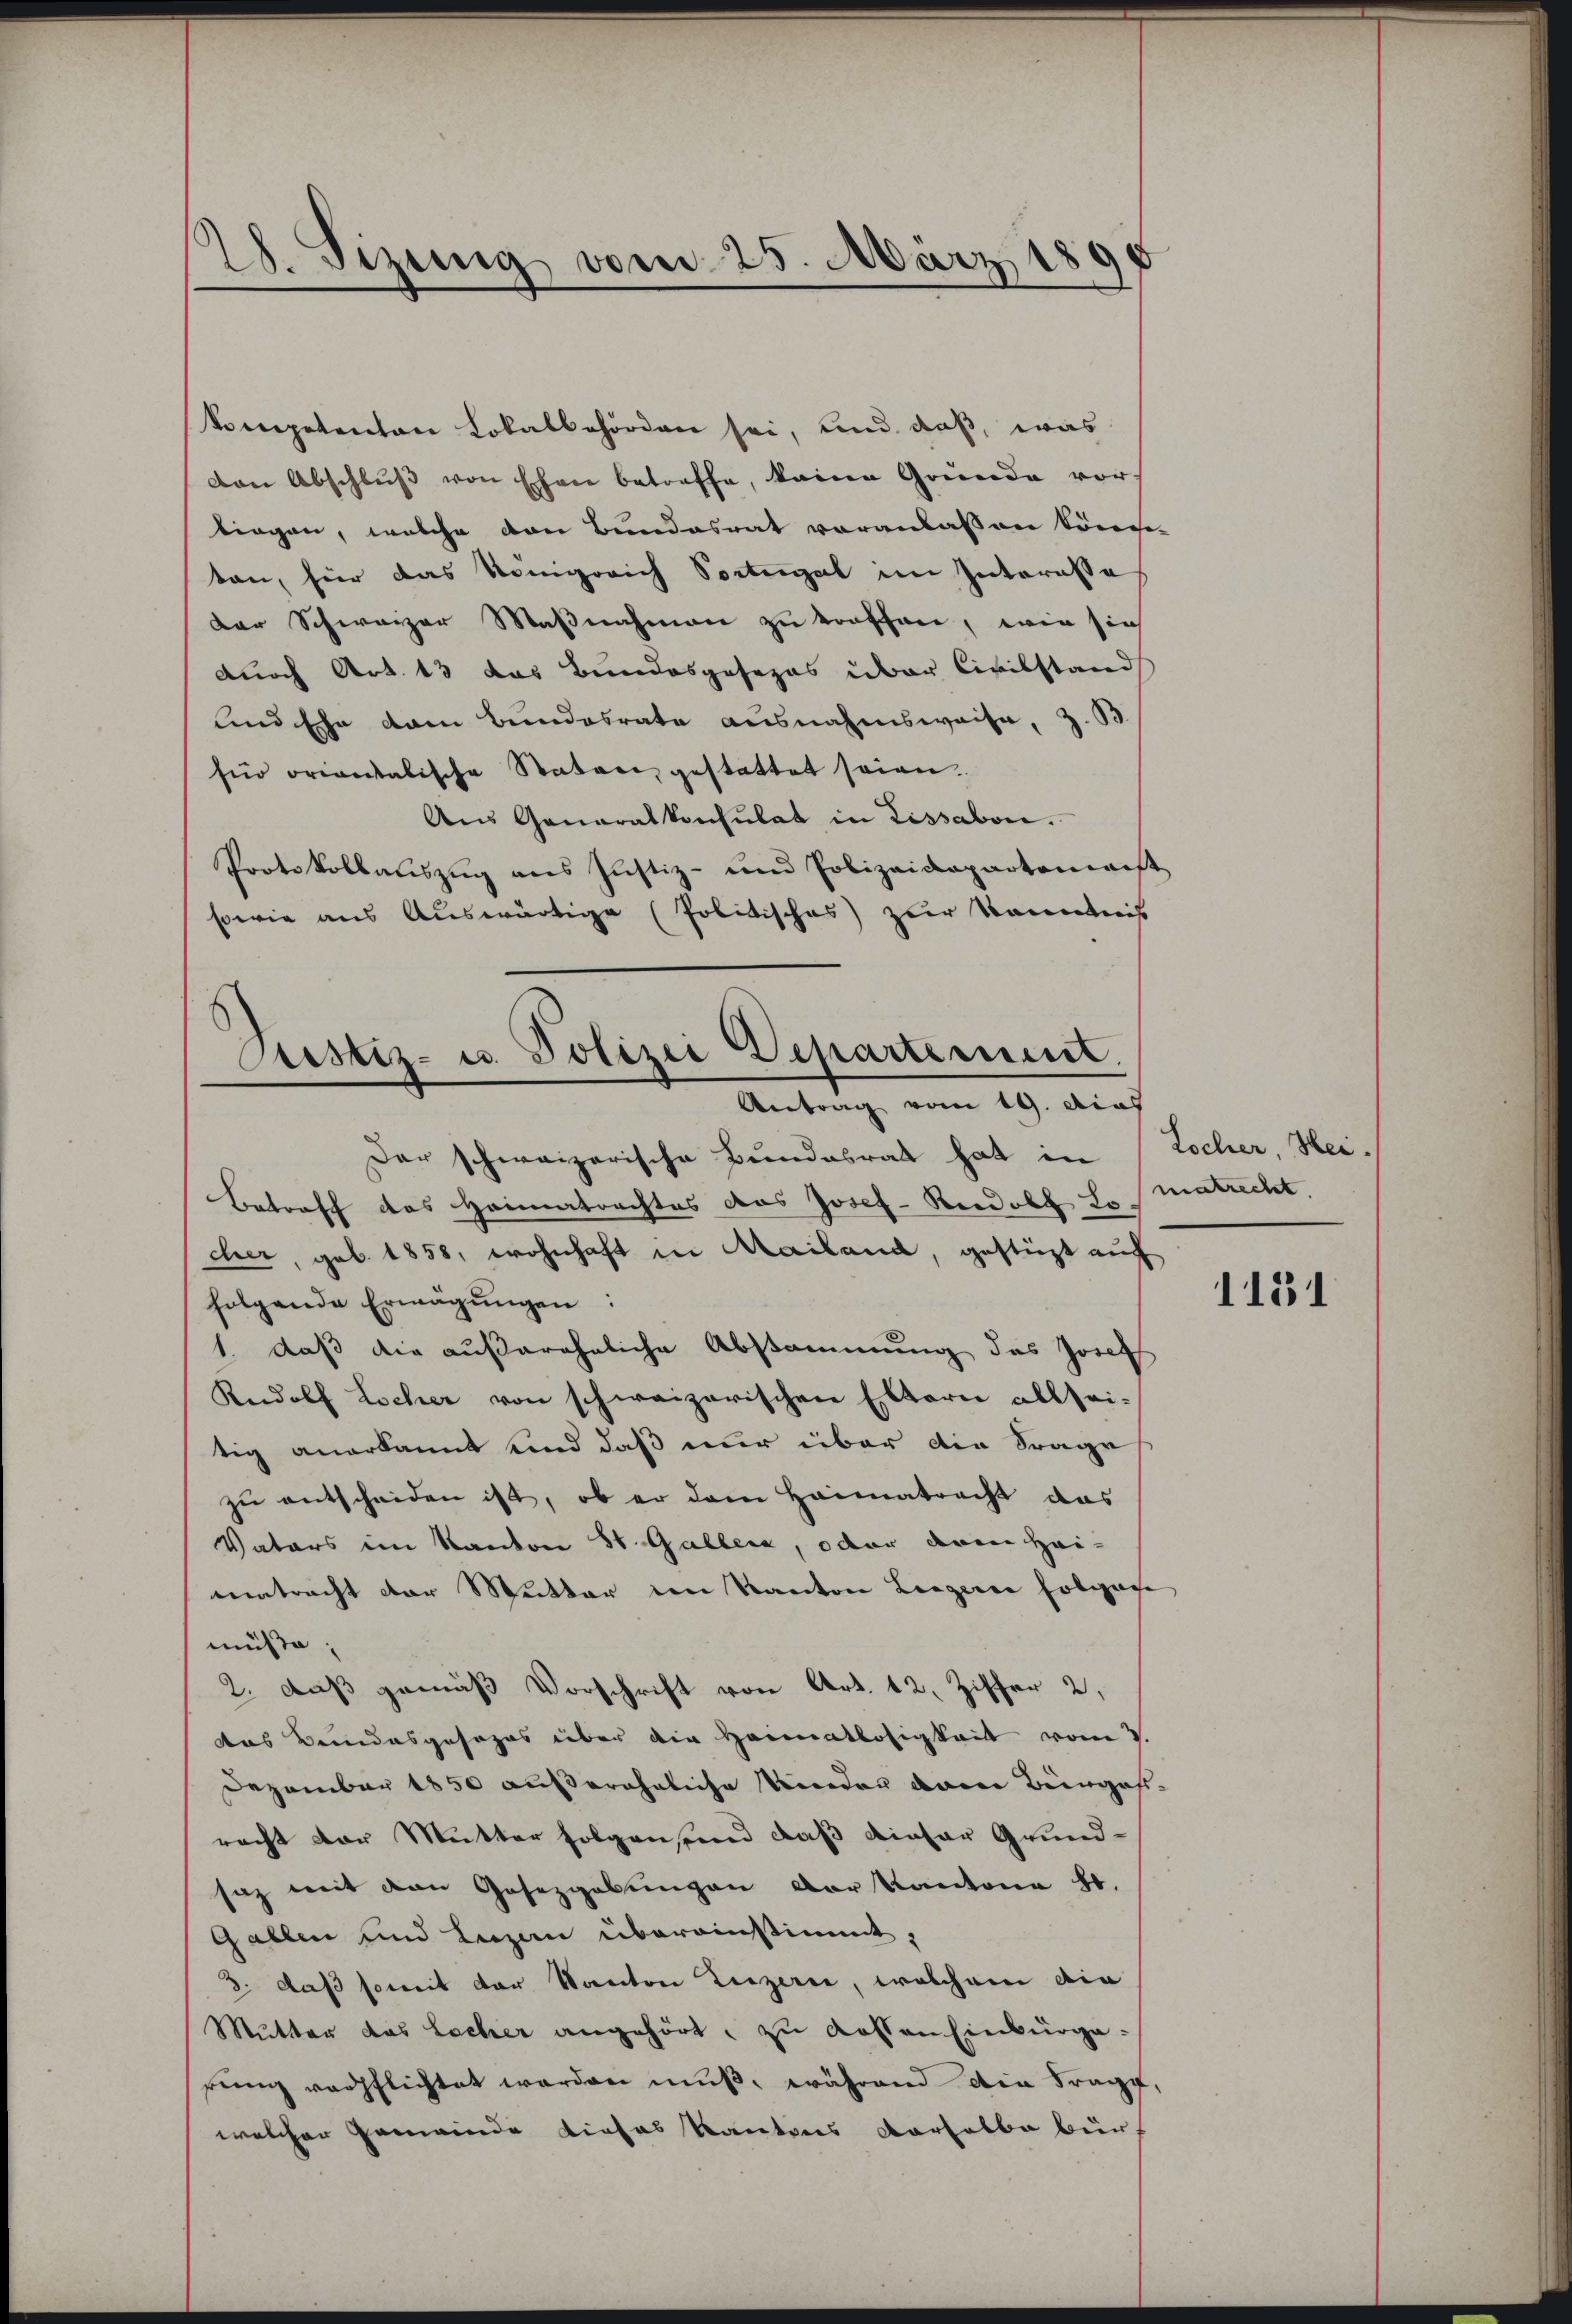
28. Sizung vom 25. März 18

kompetenten Lokalbehörden sei, und daß, was
Den Abschlŭβ von Ehen betreffe, keine Gründe vor-
liegen, welche den Bundesrat voranlassen könne.
ten, für das Königreich Portugal im Interasse
Der Schweizer Maßnahmen zu vorschen, wie sich
durch Art. 13 das Bundesgesezes über Civilstand
und Ehe dann Bundesrate ausnahmsweise, z. B.
für orientalische Statore gestattet seien.
Aus Generalkonsulat in Lissabon.
Protokollauszug aus Justiz- und Polizeidepartemenst
sowie aus Auswärtige (Politisches) zur Kenntnis

Justiz- u. Polizei Departement.
Antrag vom 19. Aus

Der schweizerische Bundesrat hat in Locher, Hei-
Betreff das Heimatrachtes das Josef-Reedolf Le matrecht
cher, geb. 1858, wohnhaft in Mailand, gestüzt auf
folgende Erwägŭngen:
1. daß die außereheliche Abstammung des Josef
Rudolf Locher von schweizerischen Eltern allsei-
tig anerkannt und daß nur über die Frage
zŭ entscheiden ist, ob er dem Heimatracht das
Vaters im Kanton St. Galler, oder dann Heimetracht der Mutter im Kanton Liegerer Eolgase
müße;
2. daß gemäß Vorschrift von Art. 12, Ziffer 2,
das Bundesgesezes über die Heimatlosigkeit vom V.
Dezember 1850 außerähnliche Wieden die Bengas-
racht der Mutter folgensend daß dieser Grundsaz mit den Gesetzgebungen der Kantone St.
Gallen und Luzern übereinstimmt,
3. daß somit der Kanton Luzern, welchem die
Mutter das Lacher angehört, zu kosten Einburgeeŭng verpflichtet werden mŭβ, während die Frage,
welcher Gemeinde dieses Kantons Verhalbe bür

1131